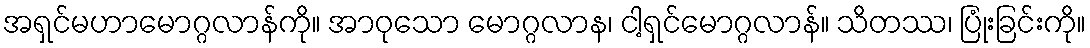
အရှင်မဟာမောဂ္ဂလာန်ကို။ အာဝုသော မောဂ္ဂလာန၊ ငါ့ရှင်မောဂ္ဂလာန်။ သိတဿ၊ ပြုံးခြင်းကို။